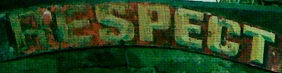
RESPECT